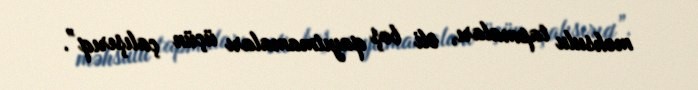
məhsulu tapmaları, əli boş qayıtmamaları üçün çalışırıq”.